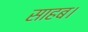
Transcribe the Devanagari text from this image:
साहब।